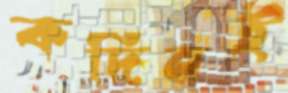
কদিনই